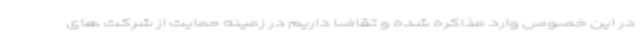
در این خصوص وارد مذاکره شده و تقاضا داریم در زمینه حمایت از شرکت های